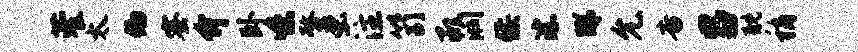
藿太偏蜜介卧味螯虫注笥承润佞淙睇允杳吕耽稍